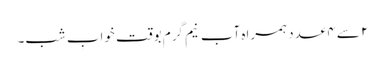
۲ سے ۴ عدد ہمراہ آبِ نیم گرم بوقت خوابِ شب۔